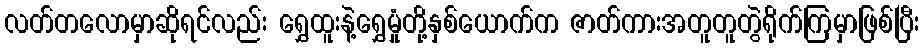
လတ်တလောမှာဆိုရင်လည်း ရွှေထူးနဲ့ရွှေမှုံတို့နှစ်ယောက်က ဇာတ်ကားအတူတူတွဲရိုက်ကြမှာဖြစ်ပြီး